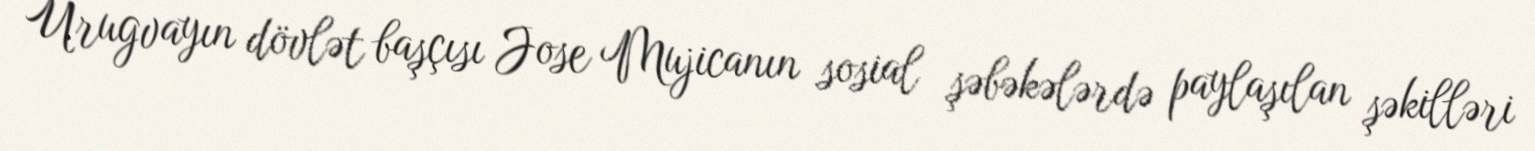
Urugvayın dövlət başçısı Jose Mujicanın sosial şəbəkələrdə paylaşılan şəkilləri